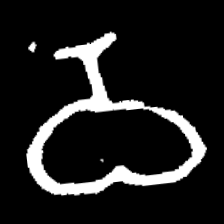
Pyu character \u2014 Myanmar letter: ဝ (romanized: wa)